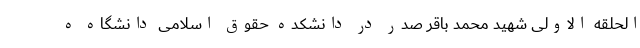
الحلقه الاولی شهید محمد باقر صدر در دانشکده حقوق اسلامی دانشگاه ه